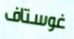
غوستاف